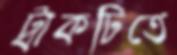
ট্রাকটিতে